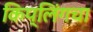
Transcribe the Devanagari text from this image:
किप्लिंगचा